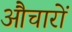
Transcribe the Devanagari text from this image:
औचारों